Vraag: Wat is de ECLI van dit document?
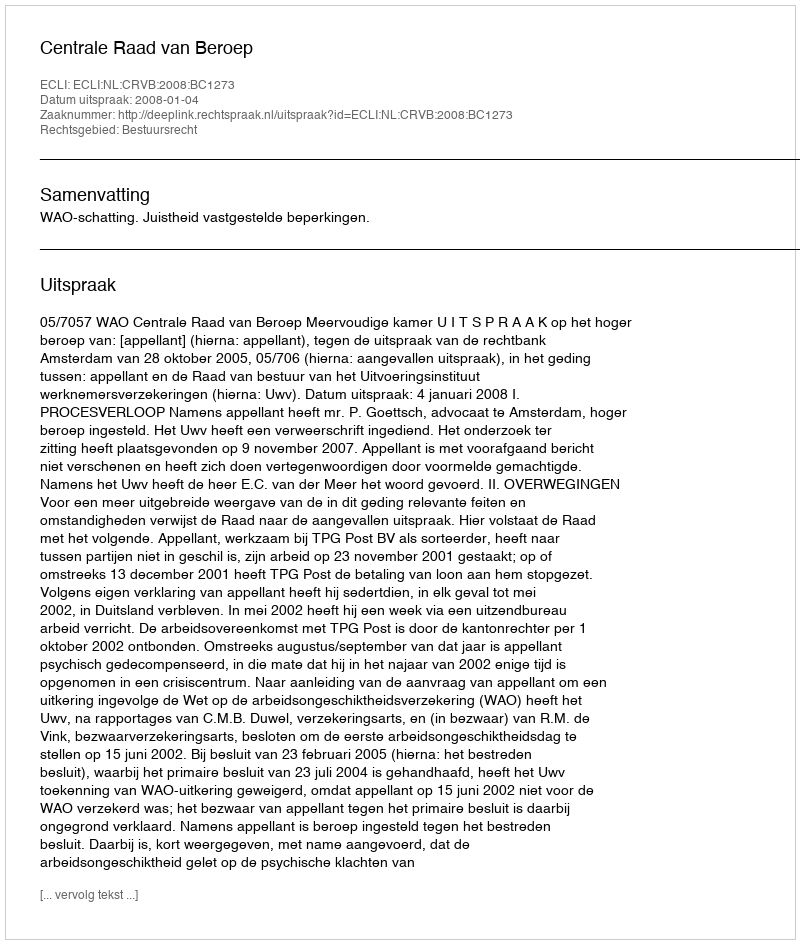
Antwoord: ECLI:NL:CRVB:2008:BC1273